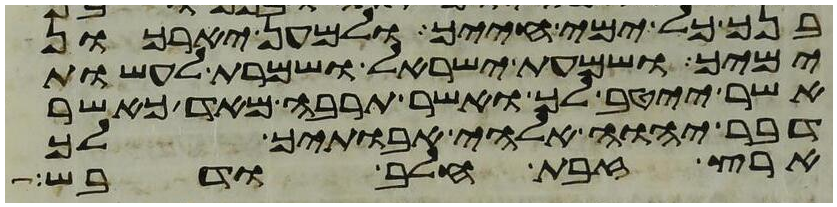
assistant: בנך כל ימי חייך ולמען יאריכון
ימיך ושמעת ישראל ושמרת לעשות
אשר ייטב לך ואשר תרבה מאד כאשר
דבר יהוה אלהי אבתיך לך
ארץ זבת חלב ודבש